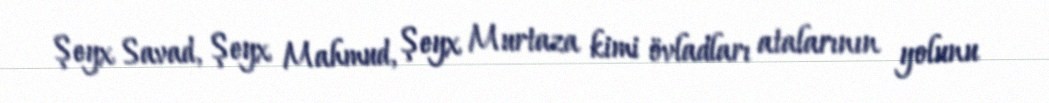
Şeyx Savad, Şeyx Mahmud, Şeyx Murtaza kimi övladları atalarının yolunu